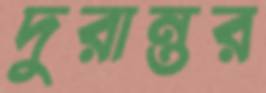
দুরান্তর